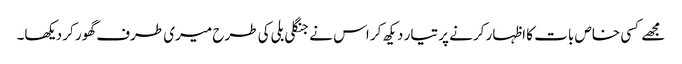
مجھے کسی خاص بات کا اظہار کرنے پر تیار دیکھ کر اس نے جنگلی بلی کی طرح میری طرف گھور کر دیکھا۔